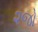
૨જો